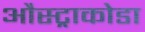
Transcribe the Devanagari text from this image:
औस्ट्राकोडा